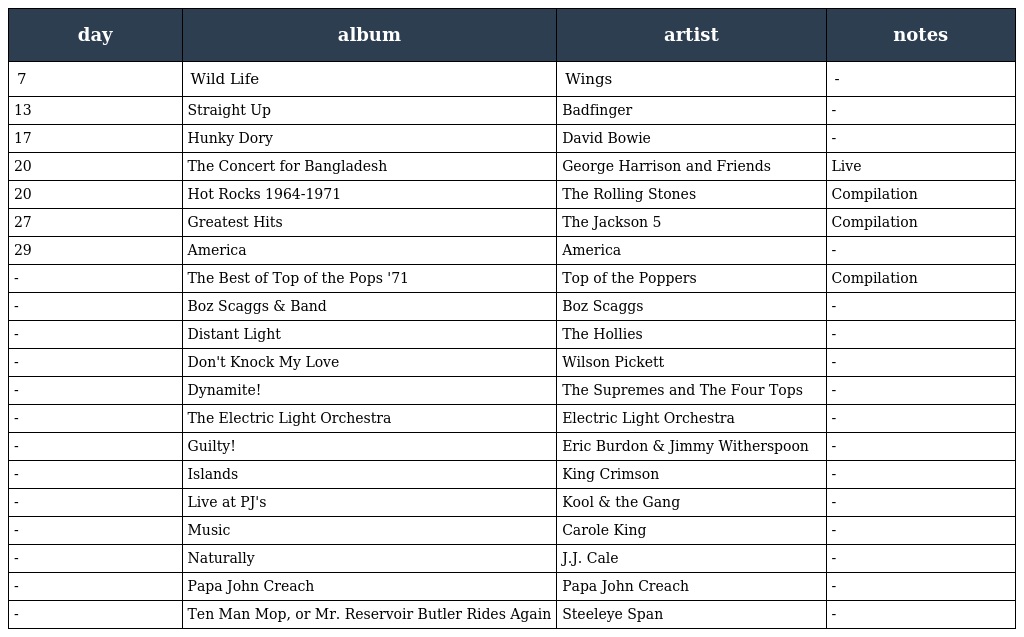
| day | album | artist | notes |
 | --- | --- | --- | --- |
 | 7 | Wild Life | Wings | - |
 | 13 | Straight Up | Badfinger | - |
 | 17 | Hunky Dory | David Bowie | - |
 | 20 | The Concert for Bangladesh | George Harrison and Friends | Live |
 | 20 | Hot Rocks 1964-1971 | The Rolling Stones | Compilation |
 | 27 | Greatest Hits | The Jackson 5 | Compilation |
 | 29 | America | America | - |
 | - | The Best of Top of the Pops '71 | Top of the Poppers | Compilation |
 | - | Boz Scaggs & Band | Boz Scaggs | - |
 | - | Distant Light | The Hollies | - |
 | - | Don't Knock My Love | Wilson Pickett | - |
 | - | Dynamite! | The Supremes and The Four Tops | - |
 | - | The Electric Light Orchestra | Electric Light Orchestra | - |
 | - | Guilty! | Eric Burdon & Jimmy Witherspoon | - |
 | - | Islands | King Crimson | - |
 | - | Live at PJ's | Kool & the Gang | - |
 | - | Music | Carole King | - |
 | - | Naturally | J.J. Cale | - |
 | - | Papa John Creach | Papa John Creach | - |
 | - | Ten Man Mop, or Mr. Reservoir Butler Rides Again | Steeleye Span | - |